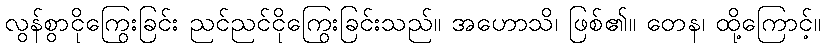
လွန်စွာငိုကြွေးခြင်း ညင်ညင်ငိုကြွေးခြင်းသည်။ အဟောသိ၊ ဖြစ်၏။ တေန၊ ထို့ကြောင့်။